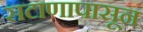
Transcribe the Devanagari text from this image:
सटाणापासून